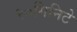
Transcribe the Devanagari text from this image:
२०मिनिटे